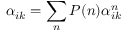
\alpha _ { i k } = \sum _ { n } P ( n ) \alpha _ { i k } ^ { n }